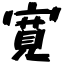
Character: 寛